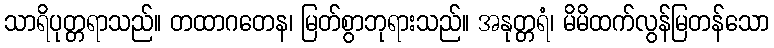
သာရိပုတ္တရာသည်။ တထာဂတေန၊ မြတ်စွာဘုရားသည်။ အနုတ္တရံ၊ မိမိထက်လွန်မြတန်သော